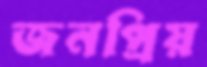
জনপ্রিয়